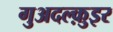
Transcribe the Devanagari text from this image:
गुअदल्क़ुइर